Report on lock hospitals in British Burma
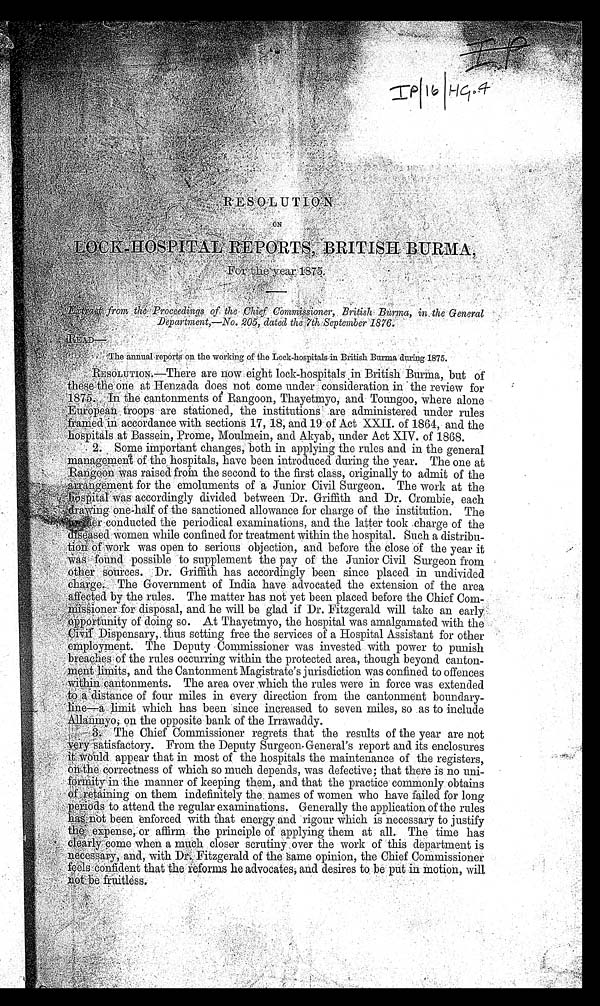
R E S O L U T I O N
LOCK-HOSPITAL REPORTS, BRITISH BURMA,
F o r t h e y e a r 1 8 7 5 .
Ext r a c t f r om t he Pr oc e e di ngs of t he Chi e f Commi s s i one r , Br i t i s h Bur ma , i n t he Ge ne r a l De pa r t me nt , - No 205, da t e d t he 7t h Se pt e mbe r 1876.
The annual reports on the working of the Lock-hospitals in British Burma during 1875.
RESOLUTION.- There are now eight lock-hospitals in British Burma, but of
these the one at Henzada does not come under consideration in the review for
1875. In the cantonments of Rangoon, Thayetmyo, and Toungoo, where alone
European troops are stationed, the institutions are administered under rules
framed in accordance with sections 17, 18, and 19 of Act XXII. of 1864, and the
hospitals at Bassein, Prome, Moulmein. and Akyab, under Act XIV. of 1868.
2. Some important changes, both in applying the rules and in the general
management of the hospitals, have been introduced during the year. The one at
Rangoon was raised from the second to the first class, originally to admit of the
arrangement for the emoluments of a Junior Civil Surgeon. The work at the
hospital was accordingly divided between Dr. Griffith and Dr. Crombie, each
draw ing one-half of the sanctioned allowance for charge of the institution. The
former conducted the periodical examinations, and the latter took charge of the
diseased women while confined for treatment within the hospital. Such a distribu-
tion of work was open to serious objection, and before the close of the year it
w as found possible to supplement the pay of the Junior Civil Surgeon from
other sources. Dr. Griffith has accordingly been since placed in undivided
charge. The Government of India have advocated the extension of the area
affected by the rules. The matter has not yet been placed before the Chief Co
m-
missoner for disposal, and he will be glad if Dr. Fitzgerald will take an early
opportunity of doing so. At Thayetmyo, the hospital was amalgamated with the
Civil D ispensary, thus setting free the services of a Hospital Assistant for other
employment. The Deputy Commissioner was invested with power to punish
breaches of the rules occurring within the protected area, though beyond canton-
ment limits, and the Cantonment Magistrate's jurisdiction was confined to offences
within can tonments. The area over which the rules were in force was extended
to a distance of four miles in every direction from the cantonment boundary
- line-a limit which has been since increased to seven miles, so as to include
Allamryo; on the opposite bank of the Irrawaddy.
3.
The Chief Commissioner regrets that the results of the year are not
very s atisfactory. From the Deputy Surgeon- General's report and its enclosures
it would appear that in most of the hospitals the maintenance of the registers,
on the correctness of which so much depends, was defective; that there is no uni
- formity in the manner of keeping them, and that the practice commonly obtains
of retaining on them indefinitely the names of women who have failed for long
periods to attend the regular examinations. Generally the application of the rules
has not been enforced with that energy and rigour which is necessary to justify
t h e e x p e n s e , o r a f f i r m t h e p r i n c i p l e o f a p p l y i n g t h e m a t a l l . T h e t i me h a s
clearly come when a much closer scrutiny over the work of this department is
necessary, and, with Dr. Fitzgerald of the same opinion, the Chief Commissioner
feels confident that the reforms he advocates, and desires to be put in motion, will
not be f r u i t l e s s
.